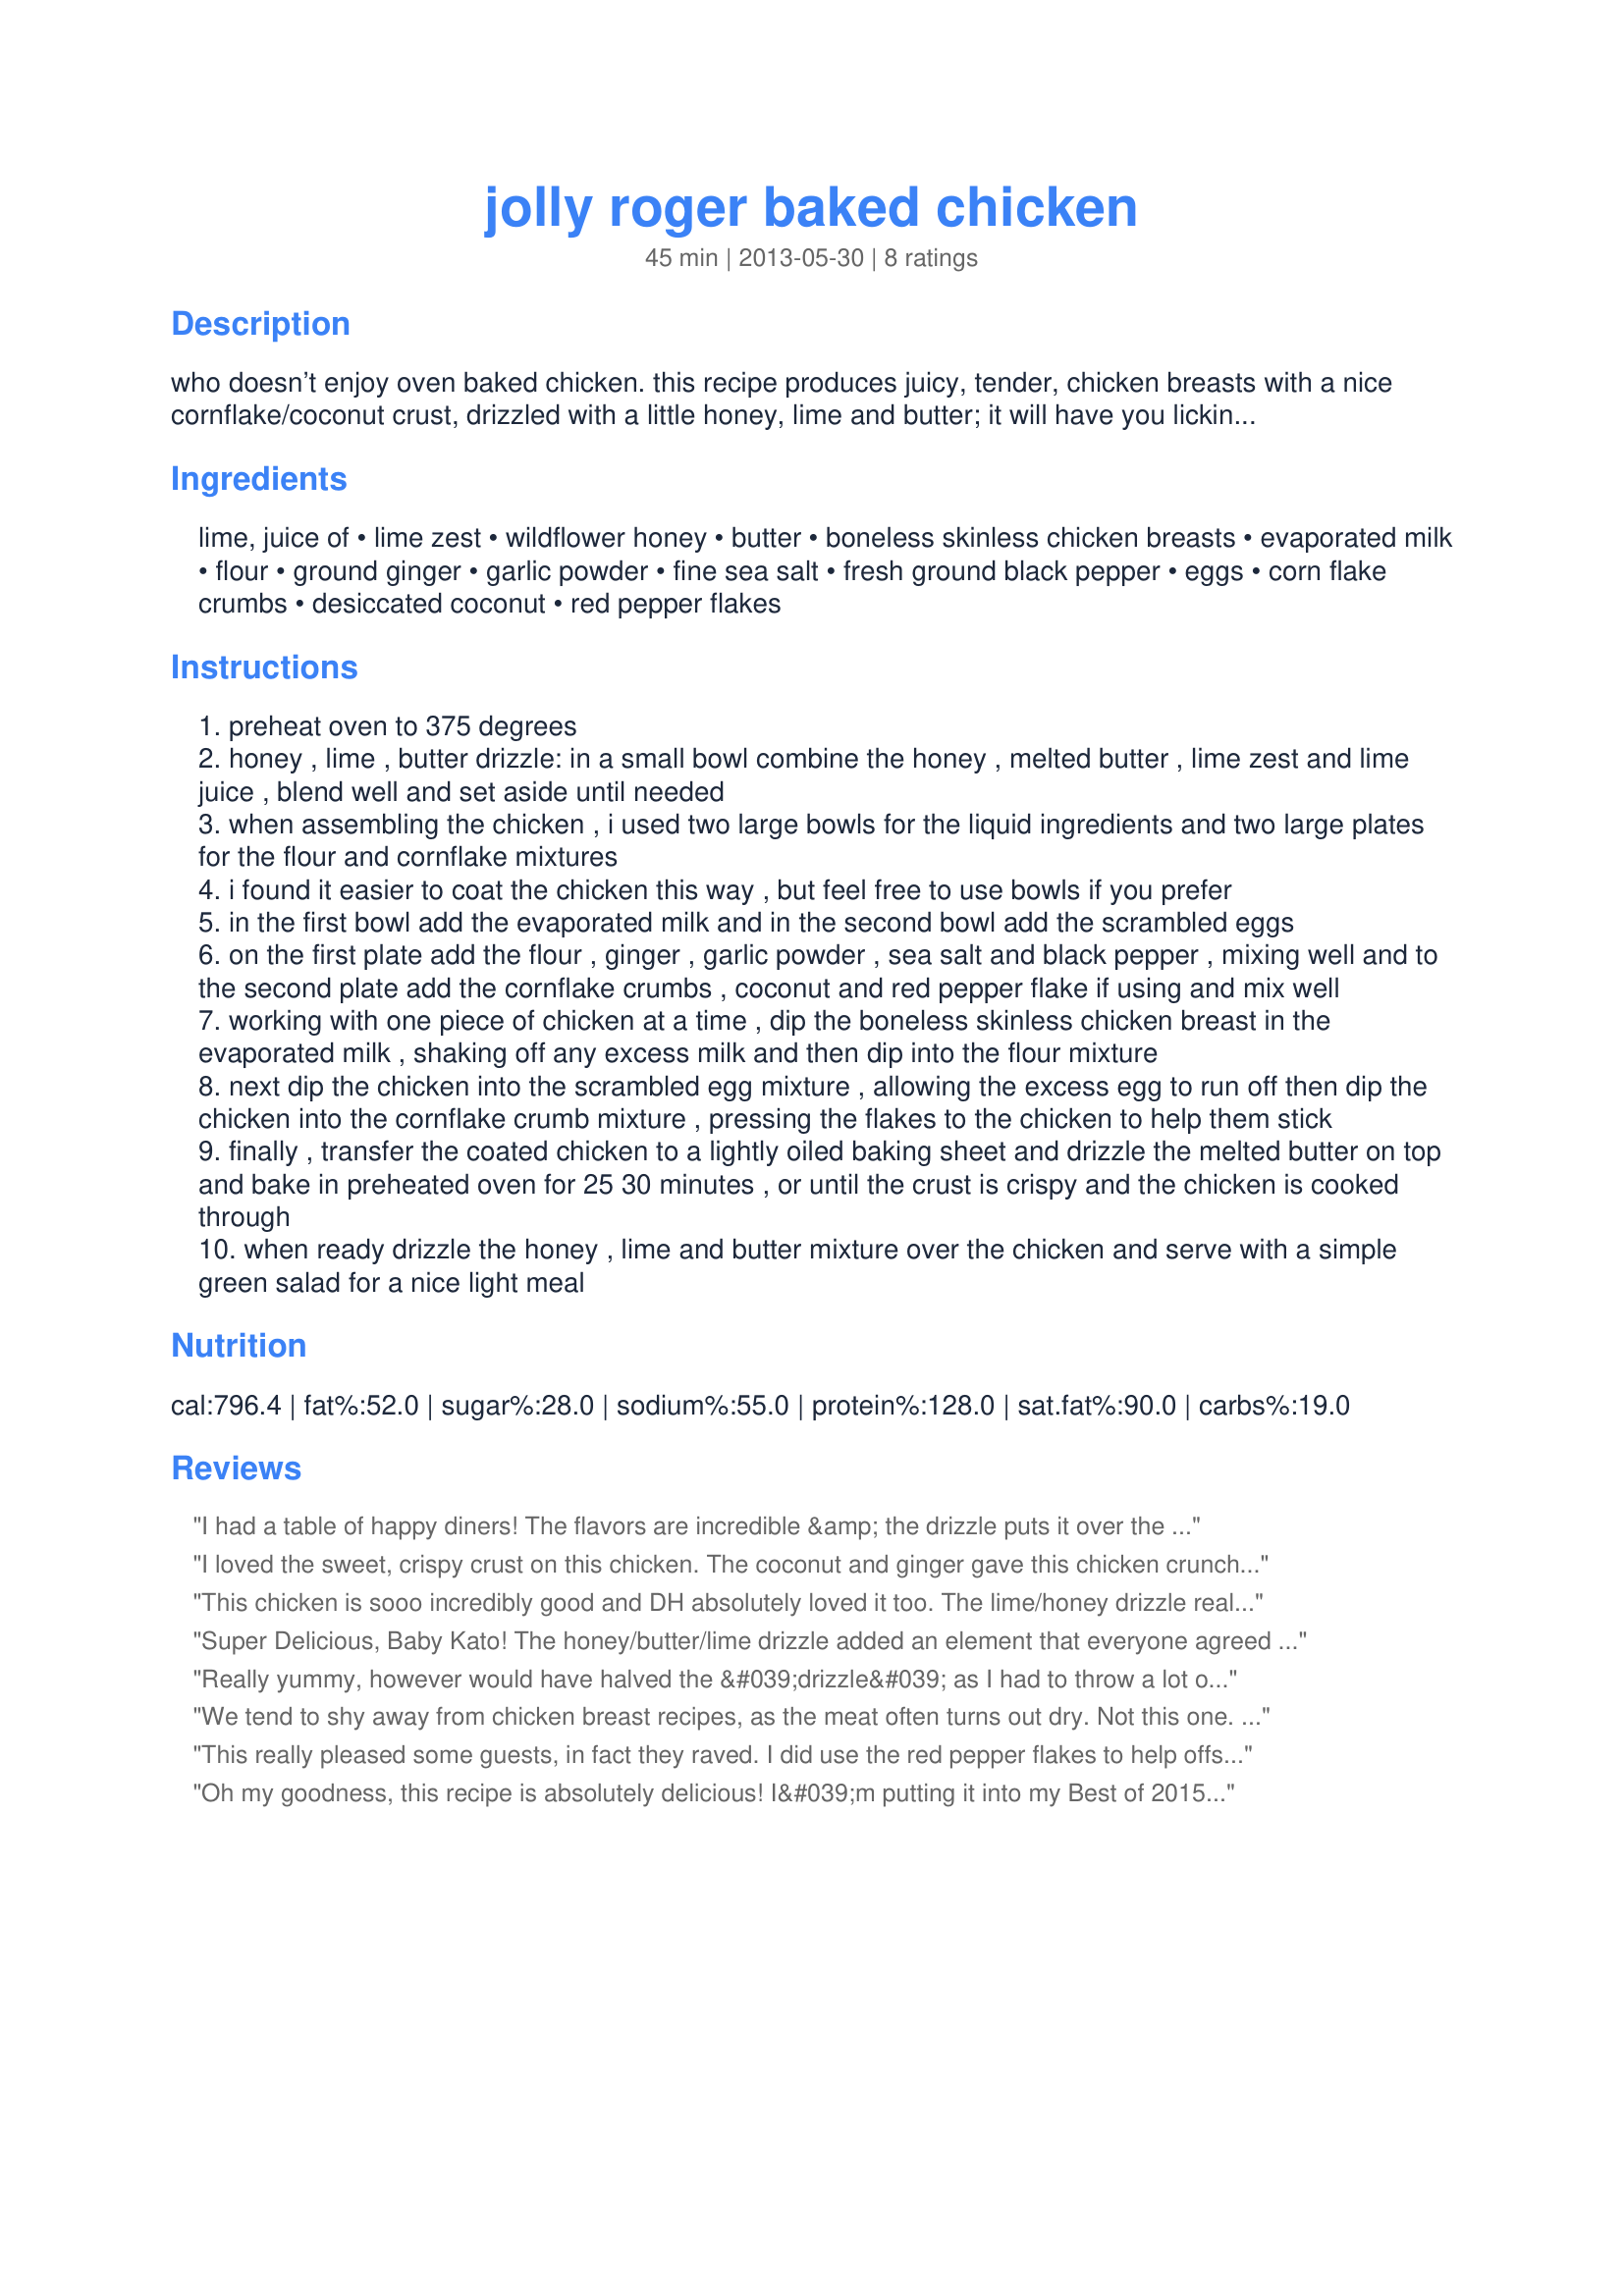
jolly roger baked chicken
Preparation time: 45 minutes

who doesn’t enjoy oven baked chicken. this recipe produces juicy, tender, chicken breasts with a nice cornflake/coconut crust, drizzled with a little honey, lime and butter; it will have you licking your fingers.

Ingredients:
lime, juice of, lime zest, wildflower honey, butter, boneless skinless chicken breasts, evaporated milk, flour, ground ginger, garlic powder, fine sea salt, fresh ground black pepper, eggs, corn flake crumbs, desiccated coconut, red pepper flakes

Steps:
preheat oven to 375 degrees
honey , lime , butter drizzle: in a small bowl combine the honey , melted butter , lime zest and lime juice , blend well and set aside until needed
when assembling the chicken , i used two large bowls for the liquid ingredients and two large plates for the flour and cornflake mixtures
i found it easier to coat the chicken this way , but feel free to use bowls if you prefer
in the first bowl add the evaporated milk and in the second bowl add the scrambled eggs
on the first plate add the flour , ginger , garlic powder , sea salt and black pepper , mixing well and to the second plate add the cornflake crumbs , coconut and red pepper flake if using and mix well
working with one piece of chicken at a time , dip the boneless skinless chicken breast in the evaporated milk , shaking off any excess milk and then dip into the flour mixture
next dip the chicken into the scrambled egg mixture , allowing the excess egg to run off then dip the chicken into the cornflake crumb mixture , pressing the flakes to the chicken to help them stick
finally , transfer the coated chicken to a lightly oiled baking sheet and drizzle the melted butter on top and bake in preheated oven for 25 30 minutes , or until the crust is crispy and the chicken is cooked through
when ready drizzle the honey , lime and butter mixture over the chicken and serve with a simple green salad for a nice light meal

Reviews:
I had a table of happy diners! The flavors are incredible &amp; the drizzle puts it over the top. I did use the red pepper flakes and real butter. I also appreciated the detailed instructions. Good instructions do make for a better instructions. Good luck in the contest!
I loved the sweet, crispy crust on this chicken. The coconut and ginger gave this chicken crunch and loads of flavor. My family enjoyed very much.
This chicken is sooo incredibly good and DH absolutely loved it too. The lime/honey drizzle really makes this dish and compliments the coconut/cornflake breading very well. I served this alongside your recipe#205944 and a side salad. This recipe will also be going into my Best of 2014 Cookbook and it will be made often. Thanks for a great dinner! : )
Super Delicious, Baby Kato! The honey/butter/lime drizzle added an element that everyone agreed was what made it so delicious. I used the optional red pepper flakes (maybe 1/2 teaspoon), and I&#039;m glad I did. It wasn&#039;t too hot for tender taste buds, yet it still added a nice kick for those who like that extra punch. I loved it!
Really yummy, however would have halved the &#039;drizzle&#039; as I had to throw a lot out, and would have halved the Cornflake crumbs as there were far too many. I did have to bake an extra 10 minutes, but I&#039;ll put that down to the size of the breast. All in all, solid effort, very very nice and moist and the coating was lovely. It was also very easy to make. Made for Raiders of the Lost Pantry June 2013.&lt;br/&gt;&lt;br/&gt;Rating is based on flavour, not qty.
We tend to shy away from chicken breast recipes, as the meat often turns out dry. Not this one. Delicious and stayed so juicy. The flavors are incredible. I used the optional red pepper flakes. Used the extra drizzle over some pasta I served with the chicken. We will be having this again!
This really pleased some guests, in fact they raved. I did use the red pepper flakes to help offset the sweetness from the honey. Using really big breasts (from Costco), I needed about another 15 mins cooking time which was no problem. The chicken was tender and very well flavored and my guests left with the ask for recipe.
Oh my goodness, this recipe is absolutely delicious! I&#039;m putting it into my Best of 2015 cookbook. The chicken was crispy on the outside and very tender on the inside. The flavor from the breading technique and ingredients was excellent! I loved the touch of coconut flavor and the hint of heat from the red pepper flakes. The sauce really complements the flavors in the chicken. I kept drizzing &quot;just a little bit more&quot; over my chicken as I ate! I used a combination of boneless/skinless chicken breasts and thighs - both worked well. I feel you could easily halve the sauce recipe - although, I put the leftovers in my fridge to use as a salad dressing this week! I also think you could halve the cornflake mixture and still be fine. Thank you!
